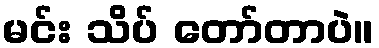
မင်း သိပ် တော်တာပဲ။